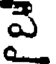
వై